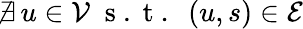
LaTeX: \nexists\, u\in\mathcal{V}\; \mathrm{~s~.~t~.~}\; (u,s)\in\mathcal{E}